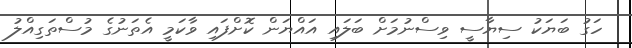
ހަގު ބަޔަކު ސިޔާސީ ވިސްނުމަށް ބަލައި އައްޔަން ކޮށްފައި ވާކަމީ އެތަނުގެ މުސްތަގިއްލު